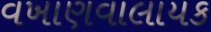
વખાણવાલાયક